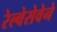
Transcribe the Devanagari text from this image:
रेल्वेसेवेने